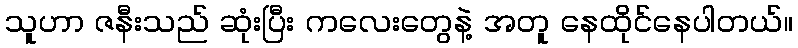
သူဟာ ဇနီးသည် ဆုံးပြီး ကလေးတွေနဲ့ အတူ နေထိုင်နေပါတယ်။